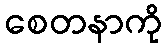
စေတနာကို